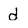
Character: d